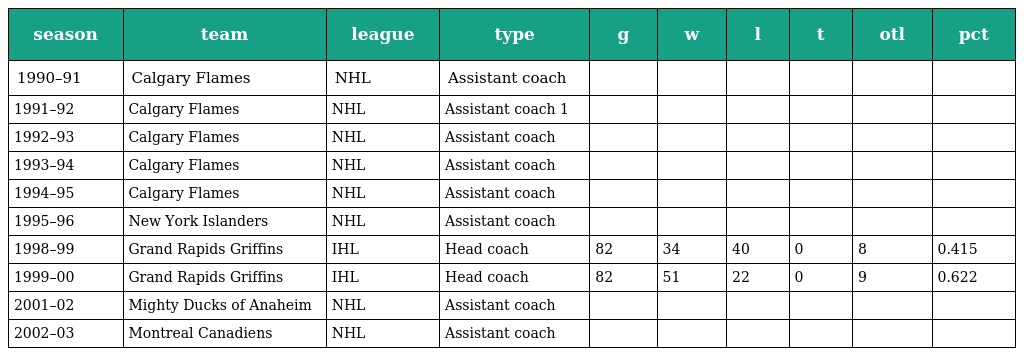
| season | team | league | type | g | w | l | t | otl | pct |
 | --- | --- | --- | --- | --- | --- | --- | --- | --- | --- |
 | 1990–91 | Calgary Flames | NHL | Assistant coach |  |  |  |  |  |  |
 | 1991–92 | Calgary Flames | NHL | Assistant coach 1 |  |  |  |  |  |  |
 | 1992–93 | Calgary Flames | NHL | Assistant coach |  |  |  |  |  |  |
 | 1993–94 | Calgary Flames | NHL | Assistant coach |  |  |  |  |  |  |
 | 1994–95 | Calgary Flames | NHL | Assistant coach |  |  |  |  |  |  |
 | 1995–96 | New York Islanders | NHL | Assistant coach |  |  |  |  |  |  |
 | 1998–99 | Grand Rapids Griffins | IHL | Head coach | 82 | 34 | 40 | 0 | 8 | 0.415 |
 | 1999–00 | Grand Rapids Griffins | IHL | Head coach | 82 | 51 | 22 | 0 | 9 | 0.622 |
 | 2001–02 | Mighty Ducks of Anaheim | NHL | Assistant coach |  |  |  |  |  |  |
 | 2002–03 | Montreal Canadiens | NHL | Assistant coach |  |  |  |  |  |  |